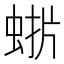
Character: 𮔋